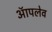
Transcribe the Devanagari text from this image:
ऑपलेव